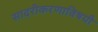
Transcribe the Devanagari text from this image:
सादरीकरणाविषयी